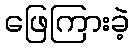
ဖြေကြားခဲ့